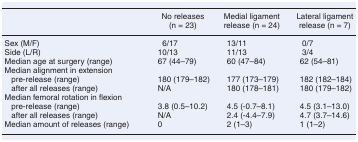
|  | No releases (n = 23) | Medial ligament release (n = 24) | Lateral ligament release (n = 7) |
 | --- | --- | --- | --- |
 | Sex (M/F) | 6/17 | 13/11 | 0/7 |
 | Side (L/R) | 10/13 | 11/13 | 3/4 |
 | Median age at surgery (range) | 67 (44–79) | 60 (47–84) | 62 (54–81) |
 | <COLSPAN=4> Median alignment in extension |
 | pre-release (range) | 180 (179–182) | 177 (173–179) | 182 (182–184) |
 | after all releases (range) | N/A | 180 (178–181) | 180 (179–182) |
 | <COLSPAN=4> Median femoral rotation in flexion |
 | pre-release (range) | 3.8 (0.5–10.2) | 4.5 (-0.7–8.1) | 4.5 (3.1–13.0) |
 | after all releases (range) | N/A | 2.4 (-4.4–7.9) | 4.7 (3.7–14.6) |
 | Median amount of releases (range) | 0 | 2 (1–3) | 1 (1–2) |